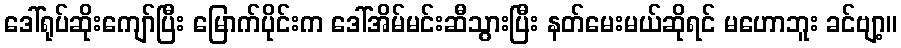
ဒေါ်ရုပ်ဆိုးကျော်ပြီး မြောက်ပိုင်းက ဒေါ်အိမ်မင်းဆီသွားပြီး နတ်မေးမယ်ဆိုရင် မဟောဘူး ခင်ဗျာ့။